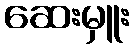
ဆေးမှူး